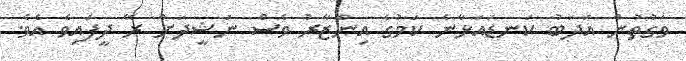
ވަގުތުން އަދަބު ކަނޑައަޅާނެ ކަމުގެ އިންޒާރު ވެސް ނަޝީދަށް ރޭ ދީފައިވެ އެވެ.